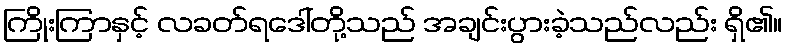
ကြိုးကြာနှင့် လခတ်ရဒေါ်တို့သည် အချင်းပွားခဲ့သည်လည်း ရှိ၏။